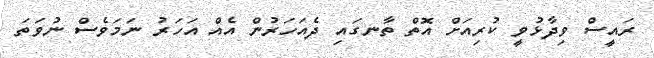
ރައީސް ވިދާޅުވީ ކުރިއަށް އޮތް ތާނގައި ދެއަހަރުން އެއް އަހަރު ނަމަވެސް ނުވަތަ